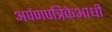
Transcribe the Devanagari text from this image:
अर्पणपत्रिकेआधी